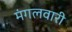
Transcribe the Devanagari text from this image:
मंगलवारी